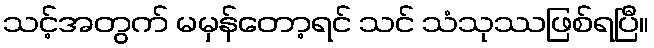
သင့်အတွက် မမှန်တော့ရင် သင် သံသုဿဖြစ်ရပြီ။